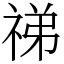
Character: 祶